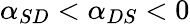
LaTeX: \alpha_{SD}<\alpha_{DS}<0